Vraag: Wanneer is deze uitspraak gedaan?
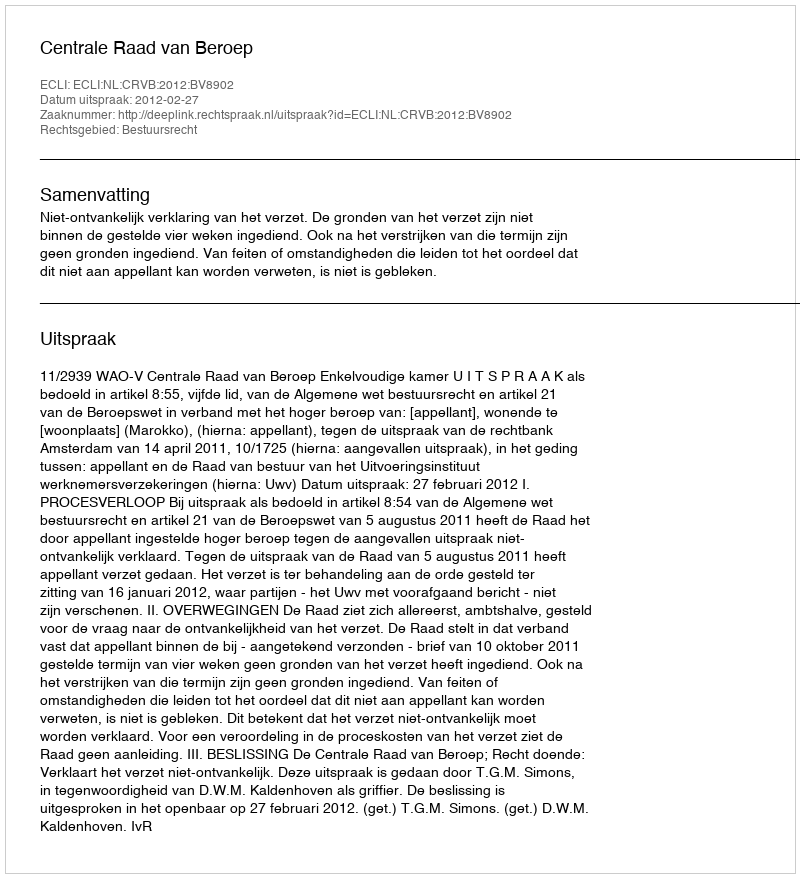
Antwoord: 2012-02-27